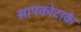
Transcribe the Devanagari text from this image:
सापकोटाके